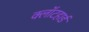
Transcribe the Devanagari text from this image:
क्लॉटहार्ड